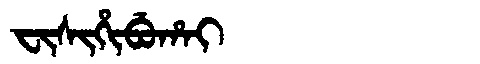
Manchu: ᠸᡳᠰᡳᡥᡳᠪᡠᡥᠠᡳ
Romanization: FISIHIBUHAI